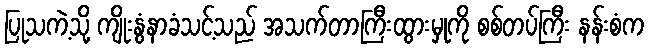
ပြုသကဲ့သို့ ကျိုးနွံနာခံသင့်သည် အသက်တာကြီးထွားမှုကို စစ်တပ်ကြီး နန်းစံက